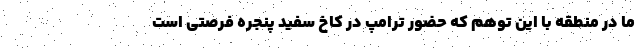
ما در منطقه با این توهم که حضور ترامپ در کاخ سفید پنجره فرصتی است